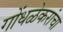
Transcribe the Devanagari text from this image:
गोंधळेकरांचा